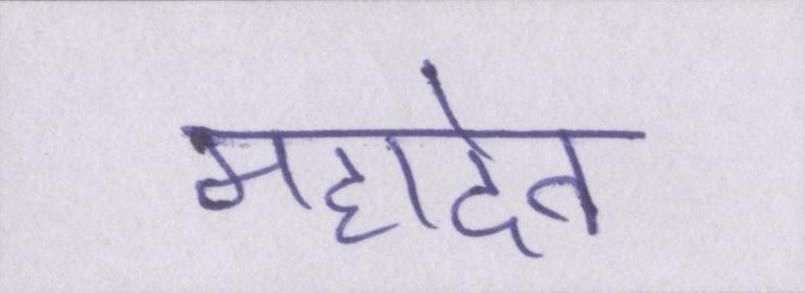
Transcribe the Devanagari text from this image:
महादेव